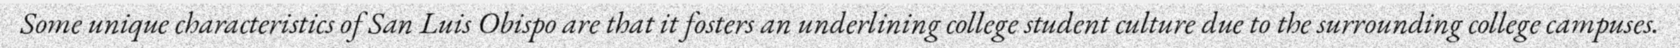
Some unique characteristics of San Luis Obispo are that it fosters an underlining college student culture due to the surrounding college campuses.